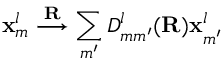
{ \mathbf x } _ { m } ^ { l } \stackrel { \mathbf R } { \longrightarrow } \sum _ { m ^ { \prime } } D _ { m m ^ { \prime } } ^ { l } ( \mathbf R ) \mathbf x _ { m ^ { \prime } } ^ { l }